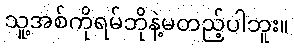
သူ့အစ်ကိုရမ်ဘိုနဲ့မတည့်ပါဘူး။